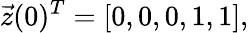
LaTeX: \vec{z}(0)^{T}=\left[0,0,0,1,1\right],